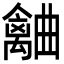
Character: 𣍗